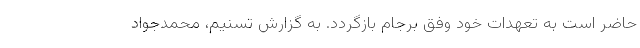
حاضر است به تعهدات خود وفق برجام بازگردد. به گزارش تسنیم، محمدجواد